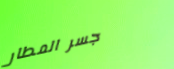
جسر المطار